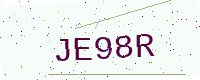
Text: JE98R